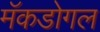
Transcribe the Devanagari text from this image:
मॅकडोगल